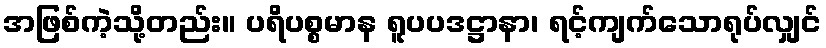
အဖြစ်ကဲ့သို့တည်း။ ပရိပစ္စမာန ရူပပဒဋ္ဌာနာ၊ ရင့်ကျက်သောရုပ်လျှင်